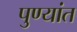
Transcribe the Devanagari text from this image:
पुण्यांत